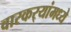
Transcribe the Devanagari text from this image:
वारकर्‍यांमध्ये